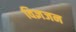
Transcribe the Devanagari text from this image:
विज्ञजन